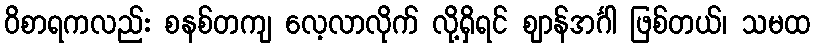
ဝိစာရကလည်း စနစ်တကျ လေ့လာလိုက် လို့ရှိရင် ဈာန်အင်္ဂါ ဖြစ်တယ်၊ သမထ